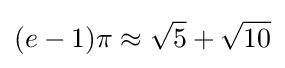
(e-1)\pi \approx {\sqrt {5}}+{\sqrt {10}}